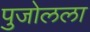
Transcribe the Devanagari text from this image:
पुजोलला